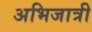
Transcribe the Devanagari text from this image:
अभिजात्री